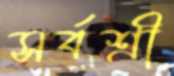
সর্বশ্রী